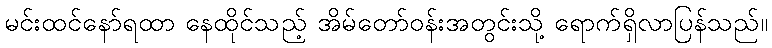
မင်းထင်နော်ရထာ နေထိုင်သည့် အိမ်တော်ဝန်းအတွင်းသို့ ရောက်ရှိလာပြန်သည်။